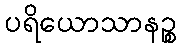
ပရိယောသာနဉ္စ